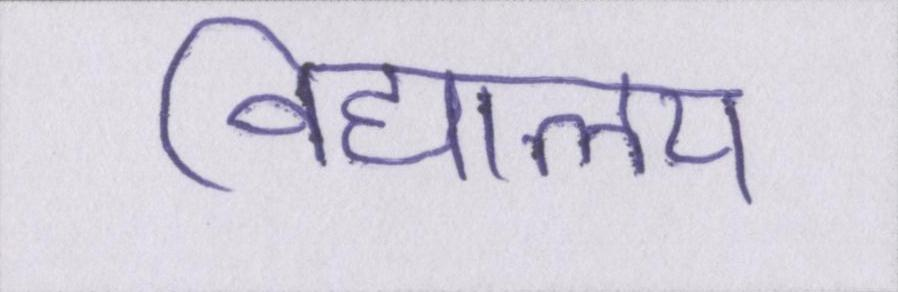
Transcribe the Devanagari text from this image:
विद्यालय